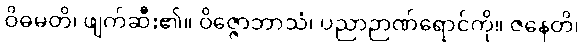
ဝိဓမတိ၊ ဖျက်ဆီး၏။ ဝိဇ္ဇောဘာသံ၊ ပညာဉာဏ်ရောင်ကို။ ဇနေတိ၊